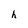
Character: h